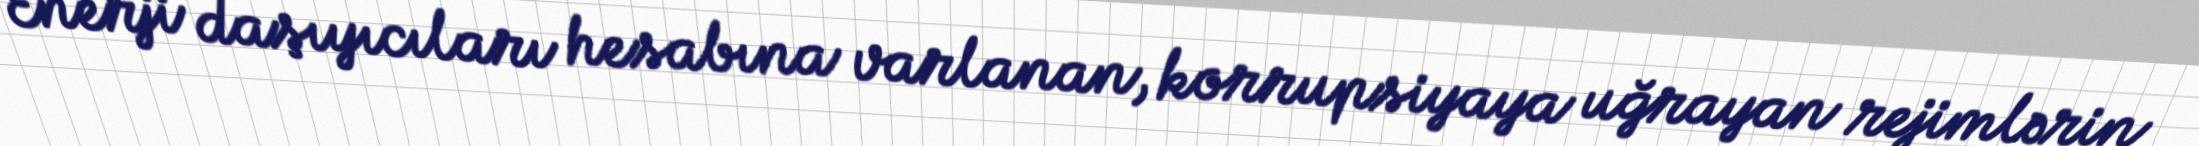
Enerji daşıyıcıları hesabına varlanan, korrupsiyaya uğrayan rejimlərin